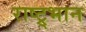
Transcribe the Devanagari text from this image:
राष्ट्र्भान